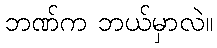
ဘဏ်က ဘယ်မှာလဲ။